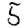
Digit: 5